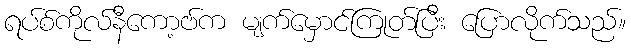
ရပ်စ်ကိုလ်နီကော့ဗ်က မျက်မှောင်ကြုတ်ပြီး ပြောလိုက်သည်။